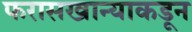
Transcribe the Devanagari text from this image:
फरासखान्याकडून